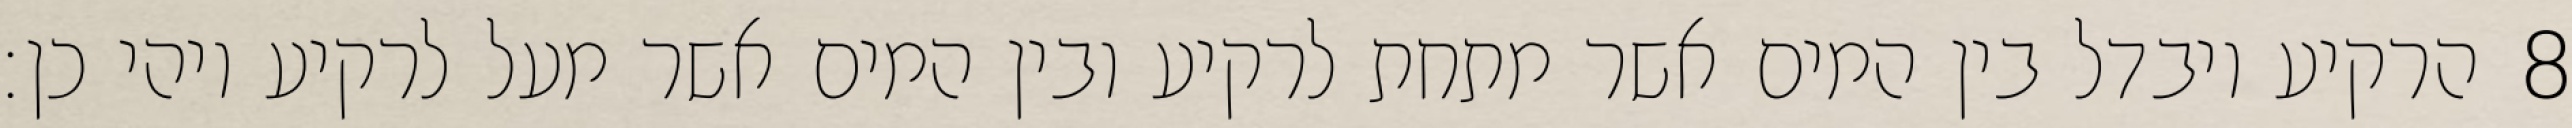
הרקיע ויבדל בין המים אשר מתחת לרקיע ובין המים אשר מעל לרקיע ויהי כן׃ ‎8‏